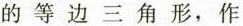
的等边三角形，作